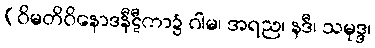
(ဝိမတိဝိနောဒနီဋီကာ၌ ဂါမ၊ အရည၊ နဒီ၊ သမုဒ္ဒ၊